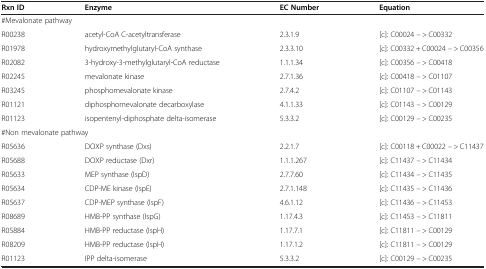
<table><thead><tr><td><b>Rxn ID</b></td><td><b>Enzyme</b></td><td><b>EC Number</b></td><td><b>Equation</b></td></tr></thead><tbody><tr><td colspan="2">#Mevalonate pathway</td><td> </td><td> </td></tr><tr><td>R00238</td><td>acetyl-CoA C-acetyltransferase</td><td>2.3.1.9</td><td>[c]: C00024 -- &gt; C00332</td></tr><tr><td>R01978</td><td>hydroxymethylglutaryl-CoA synthase</td><td>2.3.3.10</td><td>[c]: C00332 + C00024 -- &gt; C00356</td></tr><tr><td>R02082</td><td>3-hydroxy-3-methylglutaryl-CoA reductase</td><td>1.1.1.34</td><td>[c]: C00356 -- &gt; C00418</td></tr><tr><td>R02245</td><td>mevalonate kinase</td><td>2.7.1.36</td><td>[c]: C00418 -- &gt; C01107</td></tr><tr><td>R03245</td><td>phosphomevalonate kinase</td><td>2.7.4.2</td><td>[c]: C01107 -- &gt; C01143</td></tr><tr><td>R01121</td><td>diphosphomevalonate decarboxylase</td><td>4.1.1.33</td><td>[c]: C01143 -- &gt; C00129</td></tr><tr><td>R01123</td><td>isopentenyl-diphosphate delta-isomerase</td><td>5.3.3.2</td><td>[c]: C00129 -- &gt; C00235</td></tr><tr><td colspan="2">#Non mevalonate pathway</td><td> </td><td> </td></tr><tr><td>R05636</td><td>DOXP synthase (Dxs)</td><td>2.2.1.7</td><td>[c]: C00118 + C00022 -- &gt; C11437</td></tr><tr><td>R05688</td><td>DOXP reductase (Dxr)</td><td>1.1.1.267</td><td>[c]: C11437 -- &gt; C11434</td></tr><tr><td>R05633</td><td>MEP synthase (IspD)</td><td>2.7.7.60</td><td>[c]: C11434 -- &gt; C11435</td></tr><tr><td>R05634</td><td>CDP-ME kinase (IspE)</td><td>2.7.1.148</td><td>[c]: C11435 -- &gt; C11436</td></tr><tr><td>R05637</td><td>CDP-MEP synthase (IspF)</td><td>4.6.1.12</td><td>[c]: C11436 -- &gt; C11453</td></tr><tr><td>R08689</td><td>HMB-PP synthase (IspG)</td><td>1.17.4.3</td><td>[c]: C11453 -- &gt; C11811</td></tr><tr><td>R05884</td><td>HMB-PP reductase (IspH)</td><td>1.17.7.1</td><td>[c]: C11811 -- &gt; C00129</td></tr><tr><td>R08209</td><td>HMB-PP reductase (IspH)</td><td>1.17.1.2</td><td>[c]: C11811 -- &gt; C00129</td></tr><tr><td>R01123</td><td>IPP delta-isomerase</td><td>5.3.3.2</td><td>[c]: C00129 -- &gt; C00235</td></tr></tbody></table>